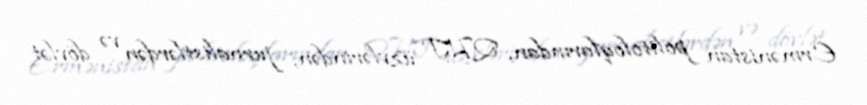
Ermənistan politoloqlarından, QHT üzvlərindən, jurnalistlərdən və dövlət